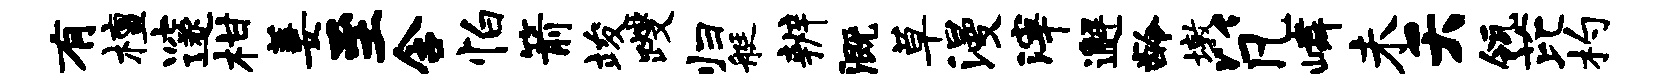
有檀邃柑萋至含怕箭竣躞归艇辨溉草漫滓邂龄墩以凡嶙未夭瓴芘杓